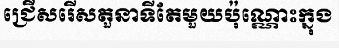
ជ្រើសរើសតួនាទីតែមួយប៉ុណ្ណោះក្នុង